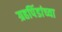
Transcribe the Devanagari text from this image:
ग्रहपिंडांच्या